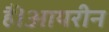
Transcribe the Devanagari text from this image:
हैं।आयरीन